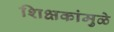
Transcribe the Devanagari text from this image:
शिक्षकांमुळे